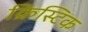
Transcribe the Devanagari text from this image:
क्रिस्टिक